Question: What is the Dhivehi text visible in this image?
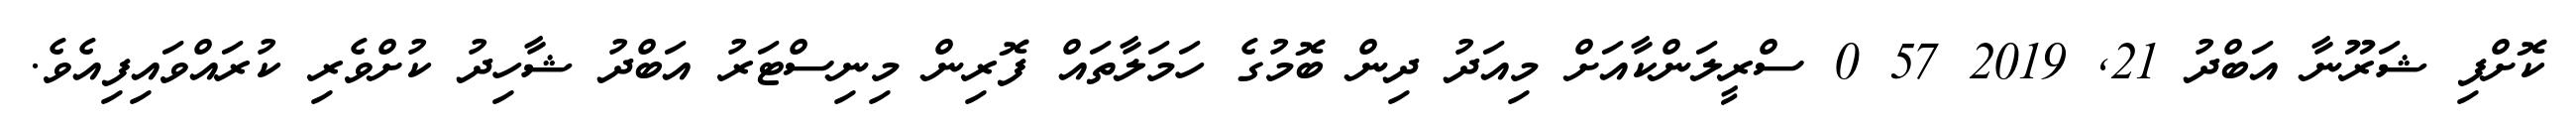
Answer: ކޮށްފި ޝަރޫނާ އަބްދު 21, 2019 57 0 ސްރީލަންކާއަށް މިއަދު ދިން ބޮމުގެ ހަމަލާތައް ފޮރިން މިނިސްޓަރު އަބްދު ޝާހިދު ކުށްވެރި ކުރައްވައިފިއެވެ.